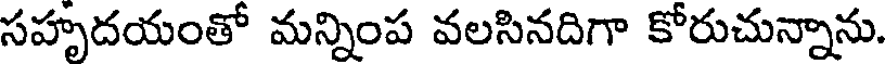
సహృదయంతో మన్నింప వలసినదిగా కోరుచున్నాను.